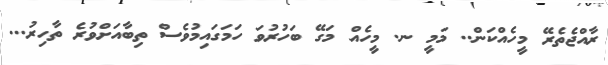
ރާއްޖެތެރޭ މީހެއްކަން.. މަމީ ނ. މީހެއް މަގޭ ބަހުރުވަ ހަމަގައިމުވެސް ތިބާއަށްވުރެ ތާހިރު...